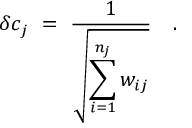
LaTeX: \delta c _ { j } \ = \ \frac { 1 } { \displaystyle { \sqrt { \sum _ { i = 1 } ^ { n _ { j } } w _ { i j } } } } \ \ \ .